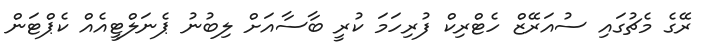
ރޭގެ މެޗުގައި ސުއަރޭޒް ހެޓްރިކް ފުރިހަމަ ކުރީ ބާސާއަށް ލިބުނު ޕެނަލްޓީއެއް ކެޕްޓަން